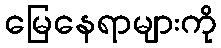
မြေနေရာများကို